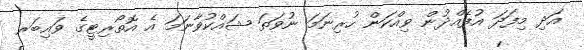
އަދި މިފަދަ އުފެއްދުން ވިއްކަން ހުރިނަމަ ނުވަތަ ޝައްކުވާނަމަ އެ އޮތޯރިޓީގެ ވައިބަރ